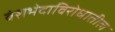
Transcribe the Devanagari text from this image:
वंशभेदाविरोधातील